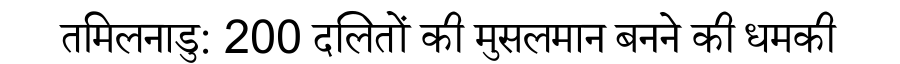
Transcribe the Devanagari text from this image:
तमिलनाडु: 200 दलितों की मुसलमान बनने की धमकी